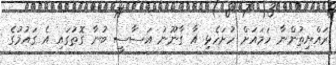
ރައްޔިތުންނާ ހަމައަށް ހުށަހެޅި އާ ގާނޫނު އަސާސީ ބުނާ ގޮތުގައި އެ ގައުމުގެ